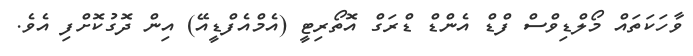
ވާހަކަތައް މޯލްޑިވްސް ފްޑް އެންޑް ޑްރަގް އޮތޯރިޓީ (އެމްއެފްޑީއޭ) އިން ދޮގުކޮށްފި އެވެ.